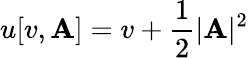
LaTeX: u[v,\mathbf{A}]=v+\frac 12\vert\mathbf{A}\vert^{2}